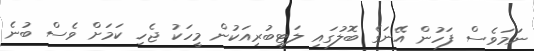
ނަމަވެސް ފަހުން އޭނަގެ ބޮލުގައި ލަޓިބުރިއަކުން މީހަކު ޖެހި ކަމަށް ވެސް ބުނެ